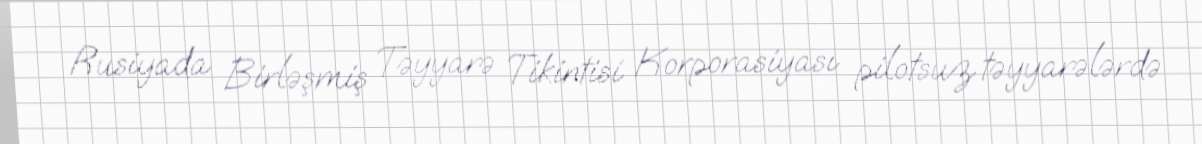
Rusiyada Birləşmiş Təyyarə Tikintisi Korporasiyası pilotsuz təyyarələrdə